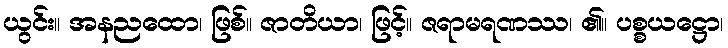
ယွင်း။ အနညထော၊ ဖြစ်။ ဇာတိယာ၊ ဖြင့်။ ဇရာမရဏဿ၊ ၏။ ပစ္စယဋ္ဌော၊